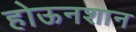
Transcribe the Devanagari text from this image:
होऊनशान